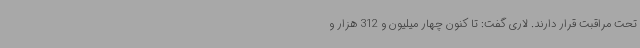
تحت مراقبت قرار دارند. لاری گفت: تا کنون چهار میلیون و 312 هزار و